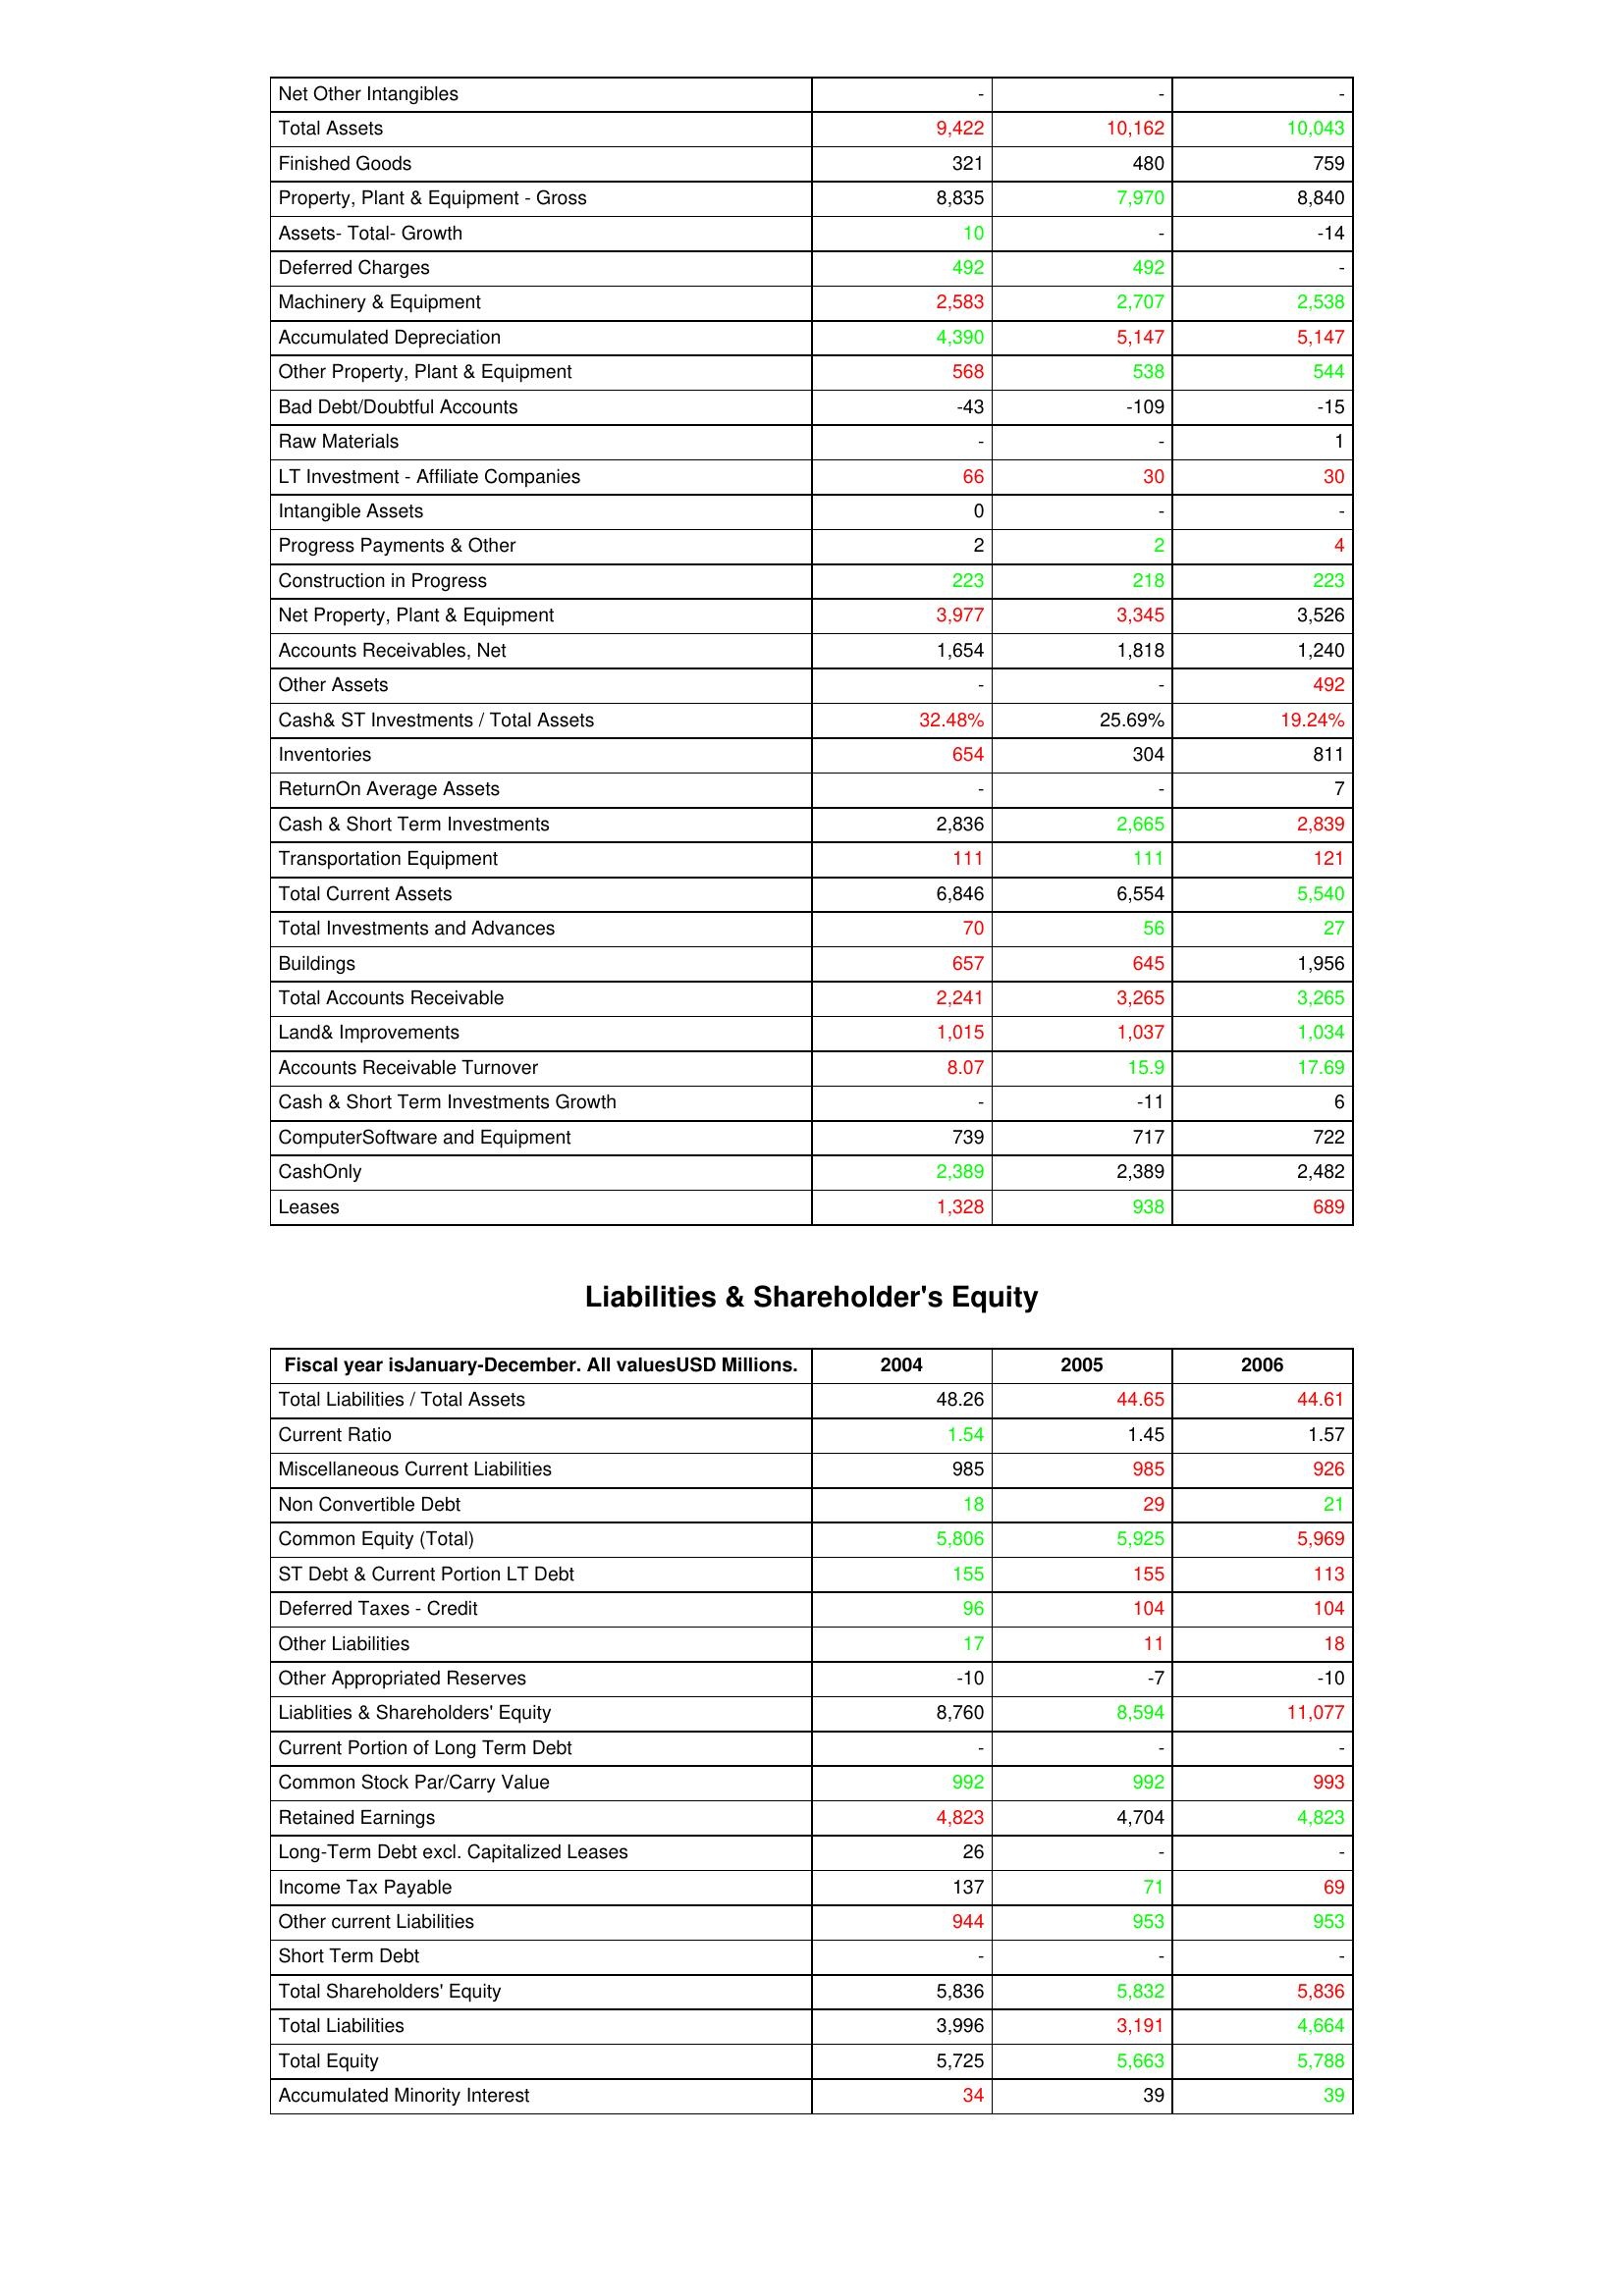
gt_parse: 2004: Assets: Net Other Intangibles: -
Total Assets: 9,422
Finished Goods: 321
Property, Plant & Equipment - Gross : 8,835
Assets- Total- Growth: 10
Deferred Charges: 492
Machinery & Equipment: 2,583
Accumulated Depreciation: 4,390
Other Property, Plant & Equipment: 568
Bad Debt/Doubtful Accounts: -43
Raw Materials: -
LT Investment - Affiliate Companies: 66
Intangible Assets: 0
Progress Payments & Other: 2
Construction in Progress: 223
Net Property, Plant & Equipment: 3,977
Accounts Receivables, Net: 1,654
Other Assets: -
Cash& ST Investments / Total Assets: 32.48%
Inventories: 654
ReturnOn Average Assets: -
Cash & Short Term Investments: 2,836
Transportation Equipment: 111
Total Current Assets: 6,846
Total Investments and Advances: 70
Buildings: 657
Total Accounts Receivable: 2,241
Land& Improvements: 1,015
Accounts Receivable Turnover: 8.07
Cash & Short Term Investments Growth: -
ComputerSoftware and Equipment: 739
CashOnly: 2,389
Leases: 1,328
Liabilities & Shareholder's Equity: Total Liabilities / Total Assets: 48.26
Current Ratio: 1.54
Miscellaneous Current Liabilities: 985
Non Convertible Debt: 18
Common Equity (Total): 5,806
ST Debt & Current Portion LT Debt: 155
Deferred Taxes - Credit: 96
Other Liabilities: 17
Other Appropriated Reserves: -10
Liablities & Shareholders' Equity: 8,760
Current Portion of Long Term Debt: -
Common Stock Par/Carry Value: 992
Retained Earnings: 4,823
Long-Term Debt excl. Capitalized Leases: 26
Income Tax Payable: 137
Other current Liabilities: 944
Short Term Debt: -
Total Shareholders' Equity: 5,836
Total Liabilities: 3,996
Total Equity: 5,725
Accumulated Minority Interest: 34
2005: Assets: Net Other Intangibles: -
Total Assets: 10,162
Finished Goods: 480
Property, Plant & Equipment - Gross : 7,970
Assets- Total- Growth: -
Deferred Charges: 492
Machinery & Equipment: 2,707
Accumulated Depreciation: 5,147
Other Property, Plant & Equipment: 538
Bad Debt/Doubtful Accounts: -109
Raw Materials: -
LT Investment - Affiliate Companies: 30
Intangible Assets: -
Progress Payments & Other: 2
Construction in Progress: 218
Net Property, Plant & Equipment: 3,345
Accounts Receivables, Net: 1,818
Other Assets: -
Cash& ST Investments / Total Assets: 25.69%
Inventories: 304
ReturnOn Average Assets: -
Cash & Short Term Investments: 2,665
Transportation Equipment: 111
Total Current Assets: 6,554
Total Investments and Advances: 56
Buildings: 645
Total Accounts Receivable: 3,265
Land& Improvements: 1,037
Accounts Receivable Turnover: 15.9
Cash & Short Term Investments Growth: -11
ComputerSoftware and Equipment: 717
CashOnly: 2,389
Leases: 938
Liabilities & Shareholder's Equity: Total Liabilities / Total Assets: 44.65
Current Ratio: 1.45
Miscellaneous Current Liabilities: 985
Non Convertible Debt: 29
Common Equity (Total): 5,925
ST Debt & Current Portion LT Debt: 155
Deferred Taxes - Credit: 104
Other Liabilities: 11
Other Appropriated Reserves: -7
Liablities & Shareholders' Equity: 8,594
Current Portion of Long Term Debt: -
Common Stock Par/Carry Value: 992
Retained Earnings: 4,704
Long-Term Debt excl. Capitalized Leases: -
Income Tax Payable: 71
Other current Liabilities: 953
Short Term Debt: -
Total Shareholders' Equity: 5,832
Total Liabilities: 3,191
Total Equity: 5,663
Accumulated Minority Interest: 39
2006: Assets: Net Other Intangibles: -
Total Assets: 10,043
Finished Goods: 759
Property, Plant & Equipment - Gross : 8,840
Assets- Total- Growth: -14
Deferred Charges: -
Machinery & Equipment: 2,538
Accumulated Depreciation: 5,147
Other Property, Plant & Equipment: 544
Bad Debt/Doubtful Accounts: -15
Raw Materials: 1
LT Investment - Affiliate Companies: 30
Intangible Assets: -
Progress Payments & Other: 4
Construction in Progress: 223
Net Property, Plant & Equipment: 3,526
Accounts Receivables, Net: 1,240
Other Assets: 492
Cash& ST Investments / Total Assets: 19.24%
Inventories: 811
ReturnOn Average Assets: 7
Cash & Short Term Investments: 2,839
Transportation Equipment: 121
Total Current Assets: 5,540
Total Investments and Advances: 27
Buildings: 1,956
Total Accounts Receivable: 3,265
Land& Improvements: 1,034
Accounts Receivable Turnover: 17.69
Cash & Short Term Investments Growth: 6
ComputerSoftware and Equipment: 722
CashOnly: 2,482
Leases: 689
Liabilities & Shareholder's Equity: Total Liabilities / Total Assets: 44.61
Current Ratio: 1.57
Miscellaneous Current Liabilities: 926
Non Convertible Debt: 21
Common Equity (Total): 5,969
ST Debt & Current Portion LT Debt: 113
Deferred Taxes - Credit: 104
Other Liabilities: 18
Other Appropriated Reserves: -10
Liablities & Shareholders' Equity: 11,077
Current Portion of Long Term Debt: -
Common Stock Par/Carry Value: 993
Retained Earnings: 4,823
Long-Term Debt excl. Capitalized Leases: -
Income Tax Payable: 69
Other current Liabilities: 953
Short Term Debt: -
Total Shareholders' Equity: 5,836
Total Liabilities: 4,664
Total Equity: 5,788
Accumulated Minority Interest: 39